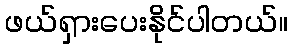
ဖယ်ရှားပေးနိုင်ပါတယ်။